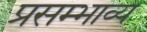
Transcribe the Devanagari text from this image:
प्रसम्भाव्य